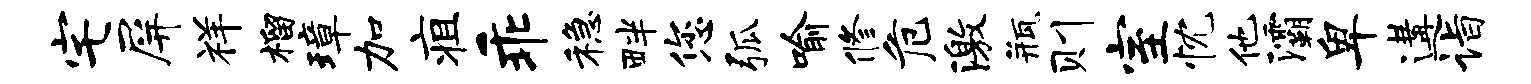
宅屏祥榴璋加疽乖稳畔您弧喻修危激瓶则室忱他灞卑遘诣